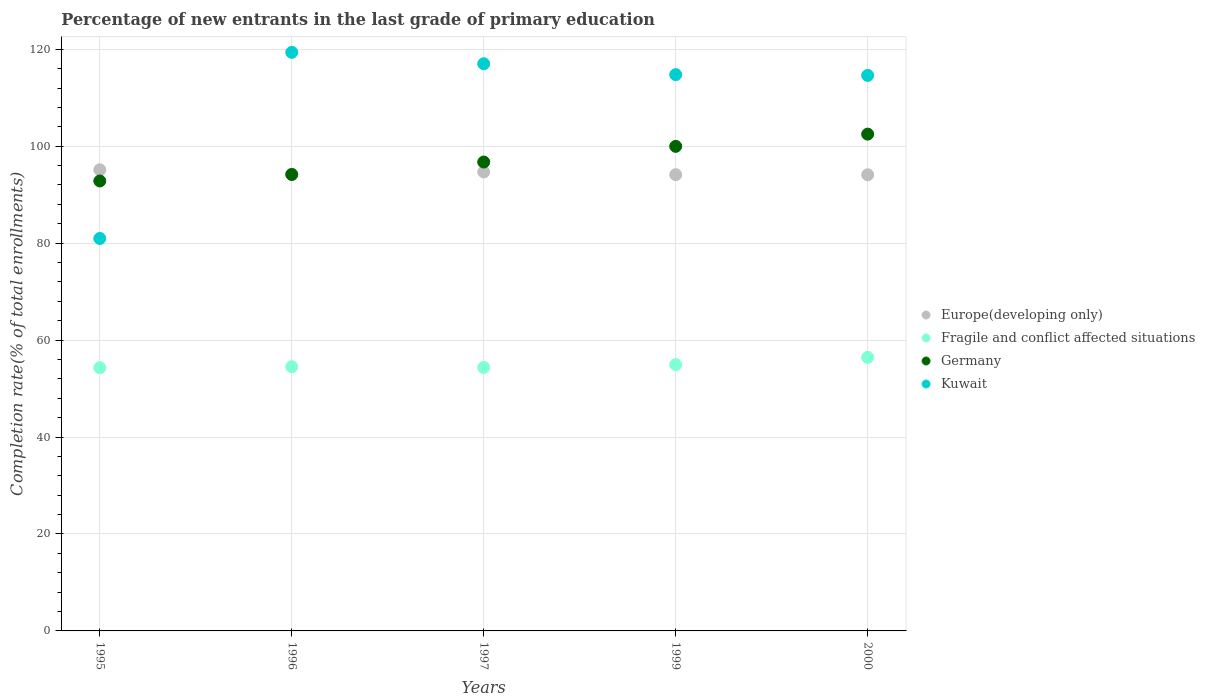
| Years | Europe(developing only) | Fragile and conflict affected situations | Germany | Kuwait |
 | --- | --- | --- | --- | --- |
 | 1995 | 95.1 | 54.3 | 92.8 | 81 |
 | 1996 | 94.2 | 54.5 | 94.2 | 119 |
 | 1997 | 94.7 | 54.4 | 96.7 | 117 |
 | 1999 | 94.1 | 54.9 | 100 | 115 |
 | 2000 | 94.1 | 56.4 | 102 | 115 |